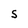
Character: S